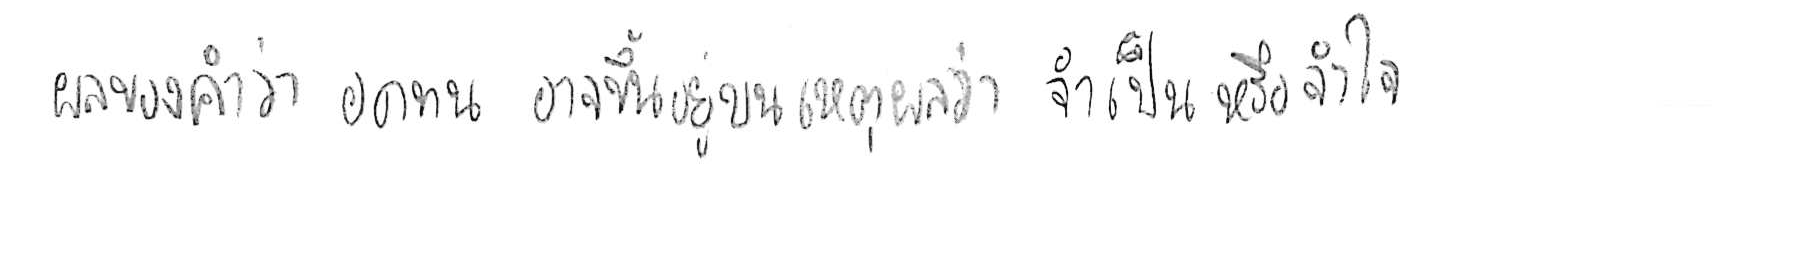
ผลของคำว่า อดทน อาจขึ้นอยู่บนเหตุผลว่า จำเป็น หรือ จำใจ